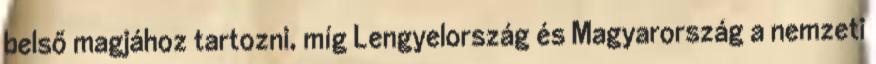
belső magjához tartozni, míg Lengyelország és Magyarország a nemzeti